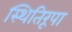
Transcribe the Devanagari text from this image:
स्थितिरूपा